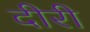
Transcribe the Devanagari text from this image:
दीरी